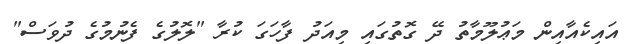
އައިކެއާއިން މަޢުލޫމާތު ދޭ ގޮތުގައި މިއަދު ފާހަގަ ކުރާ "ލޮލުގެ ފެނުމުގެ ދުވަސް"